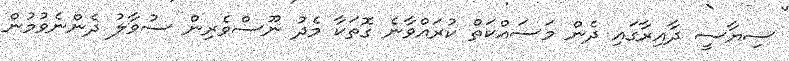
ސިޔާސީ ދާއިރާގައި ދެން މަސައްކަތް ކުރައްވާނެ ގޮތަކާ މެދު ނޫސްވެެރިން ސުވާލު ދެންނެވުމުން